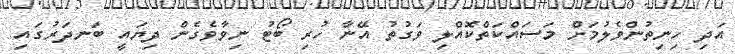
އަދި ހިނިތުންވެލުމަށް މަސައްކަތްކޮއްލި ވަގުތު އޭނާ ހުރި ބޯޓު ނިވާވެގެން ދިޔައީ ބަނދަރުގައި